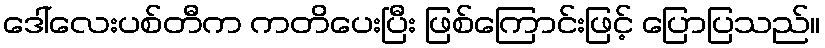
ဒေါ်လေးပစ်တီက ကတိပေးပြီး ဖြစ်ကြောင်းဖြင့် ပြောပြသည်။